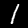
Digit: 1